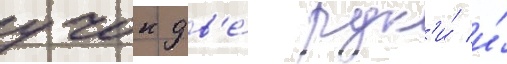
учок дв'е́ рук'и́ и́